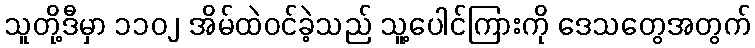
သူတို့ဒီမှာ ၁၁၀၂ အိမ်ထဲဝင်ခဲ့သည် သူ့ပေါင်ကြားကို ဒေသတွေအတွက်